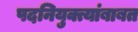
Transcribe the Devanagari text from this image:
पदनियुक्त्यांबाबत